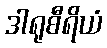
ဒါရုစီရိယံ